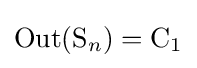
\operatorname {Out} (\mathrm {S} _{n})=\mathrm {C} _{1}